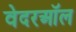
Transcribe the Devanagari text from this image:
वेदरऑल